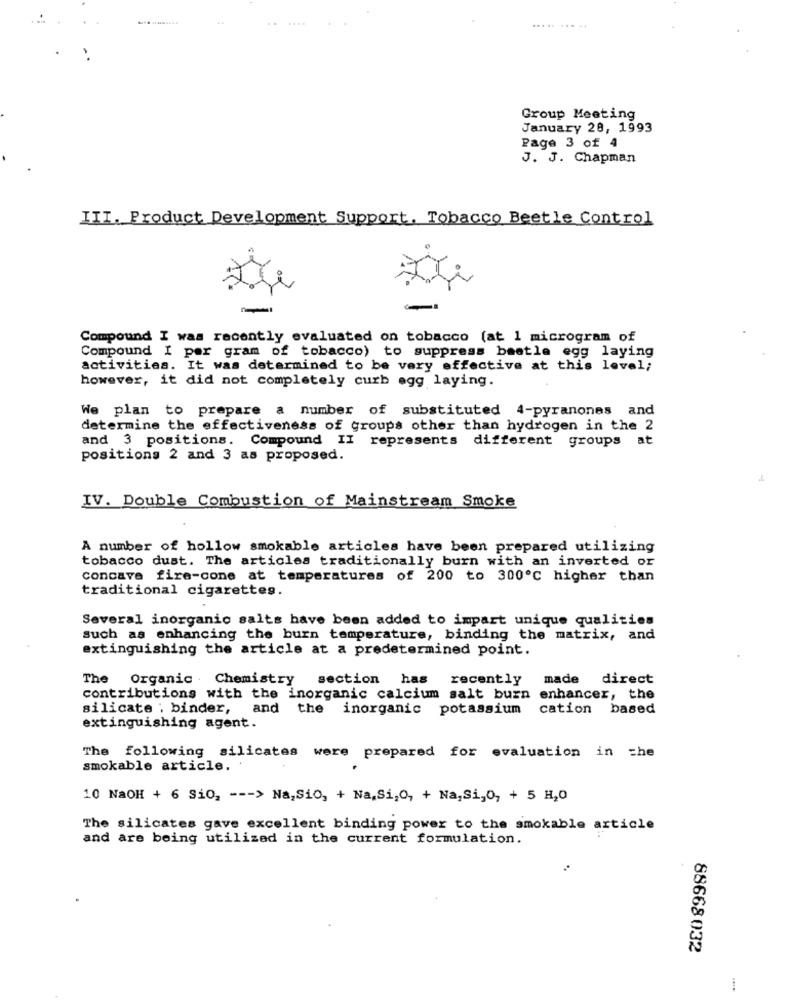
....
..... ......
Group Meeting
January 28, 1993
Page 3 of 4
J. J. Chapman
III. Product Development Support. Tobacco Beetle Control
Compound I was recently evaluated on tobacco (at 1 microgram of
Compound I per gram of tobacco) to suppress beetle egg laying
activities. It was determined to be very effective at this level;
however, it did not completely curb egg laying.
We plan to prepare a number of substituted 4-pyranones and
determine the effectiveness of groups other than hydrogen in the 2
and 3 positions. Compound II represents different groups at
positions 2 and 3 as proposed.
IV. Double Combustion of Mainstream Smoke
A number of hollow smokable articles have been prepared utilizing
tobacco dust. The articles traditionally burn with an inverted or
concave fire-cone at temperatures of 200 to 300℃ higher than
traditional cigarettes.
Several inorganic salts have been added to impart unique qualities
such as enhancing the burn temperature, binding the matrix, and
extinguishing the article at a predetermined point.
The Organic Chemistry
section has recently
made direct
contributions with the inorganic calcium salt burn enhancer, the
silicate . binder,
and the inorganic potassium
cation based
extinguishing agent.
The following silicates were prepared for evaluation in che
smokable article.
10 NaOH + 6 Si02 --- > Na,Si02 + Na,Si202 + Na,Si,O, + 5 H2O
The silicates gave excellent binding power to the smokable article
and are being utilized in the current formulation.
88668 032